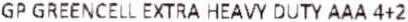
GP GREENCELL EXTRA HEAVY DUTY AAA 4+2